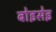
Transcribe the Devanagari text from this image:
बोइसेइ